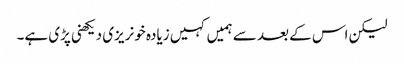
لیکن اس کے بعد سے ہمیں کہیں زیادہ خونریزی دیکھنی پڑی ہے۔